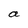
Character: a